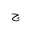
Letter: _gim